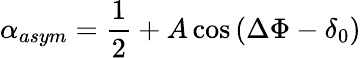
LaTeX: \alpha_{asym}=\frac{1}{2}+A\cos{(\Delta\Phi-\delta_{0})}